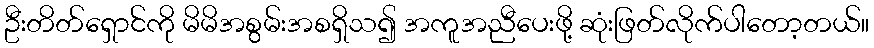
ဦးတိတ်ရှောင်ကို မိမိအစွမ်းအစရှိသ၍ အကူအညီပေးဖို့ ဆုံးဖြတ်လိုက်ပါတော့တယ်။